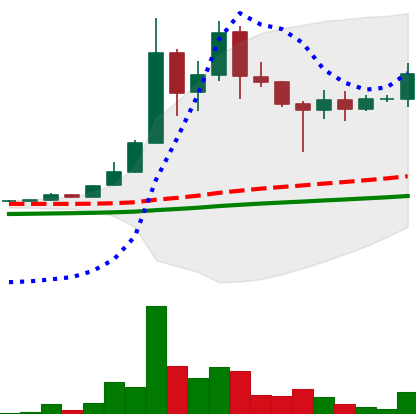
Ticker: DOGE-USD
Chart end date: 2021-04-28
Forward return: 36.463%
Label: up_7plus